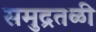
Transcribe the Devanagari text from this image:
समुद्रतळी